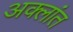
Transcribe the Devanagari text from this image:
अक्लांत